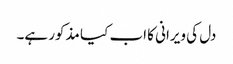
دل کی ویرانی کا اب کیا مذکور ہے۔